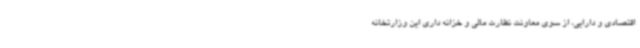
اقتصادی و دارایی، از سوی معاونت نظارت مالی و خزانه داری این وزارتخانه